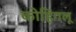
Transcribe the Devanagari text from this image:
कोहिंगलू